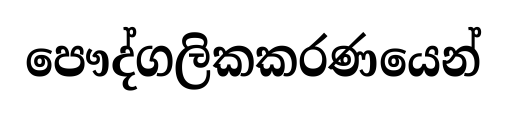
පෞද්ගලිකකරණයෙන්